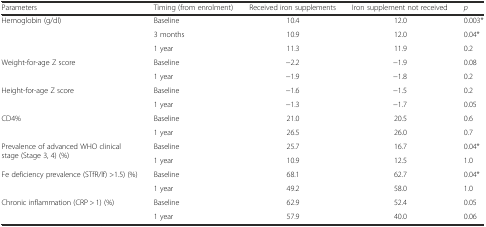
<table><thead><tr><td><b>Parameters</b></td><td><b>Timing (from enrolment)</b></td><td><b>Received iron supplements</b></td><td><b>Iron supplement not received</b></td><td><b><i>p</i></b></td></tr></thead><tbody><tr><td rowspan="3">Hemoglobin (g/dl)</td><td>Baseline</td><td>10.4</td><td>12.0</td><td>0.003*</td></tr><tr><td>3 months</td><td>10.9</td><td>12.0</td><td>0.04*</td></tr><tr><td>1 year</td><td>11.3</td><td>11.9</td><td>0.2</td></tr><tr><td rowspan="2">Weight-for-age Z score</td><td>Baseline</td><td>−2.2</td><td>−1.9</td><td>0.08</td></tr><tr><td>1 year</td><td>−1.9</td><td>−1.8</td><td>0.2</td></tr><tr><td rowspan="2">Height-for-age Z score</td><td>Baseline</td><td>−1.6</td><td>−1.5</td><td>0.2</td></tr><tr><td>1 year</td><td>−1.3</td><td>−1.7</td><td>0.05</td></tr><tr><td rowspan="2">CD4%</td><td>Baseline</td><td>21.0</td><td>20.5</td><td>0.6</td></tr><tr><td>1 year</td><td>26.5</td><td>26.0</td><td>0.7</td></tr><tr><td rowspan="2">Prevalence of advanced WHO clinical stage (Stage 3, 4) (%)</td><td>Baseline</td><td>25.7</td><td>16.7</td><td>0.04*</td></tr><tr><td>1 year</td><td>10.9</td><td>12.5</td><td>1.0</td></tr><tr><td rowspan="2">Fe deficiency prevalence (STfR/lf) &gt;1.5) (%)</td><td>Baseline</td><td>68.1</td><td>62.7</td><td>0.04*</td></tr><tr><td>1 year</td><td>49.2</td><td>58.0</td><td>1.0</td></tr><tr><td rowspan="2">Chronic inflammation (CRP &gt; 1) (%)</td><td>Baseline</td><td>62.9</td><td>52.4</td><td>0.05</td></tr><tr><td>1 year</td><td>57.9</td><td>40.0</td><td>0.06</td></tr></tbody></table>